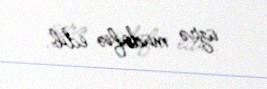
üzrə müdafiə edib.